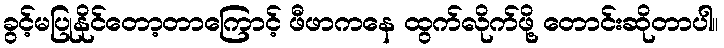
ခွင့်မပြုနိုင်တော့တာကြောင့် ဖီဖာကနေ ထွက်လိုက်ဖို့ တောင်းဆိုတာပါ။